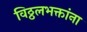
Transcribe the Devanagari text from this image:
विठ्ठलभक्तांना